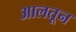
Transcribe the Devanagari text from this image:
आलतून